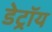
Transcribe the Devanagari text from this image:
डेट्रॉय